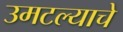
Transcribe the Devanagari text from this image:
उमटल्याचे